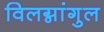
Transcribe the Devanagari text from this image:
विलग्नांगुल